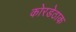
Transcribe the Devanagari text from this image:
कोरडेठाक